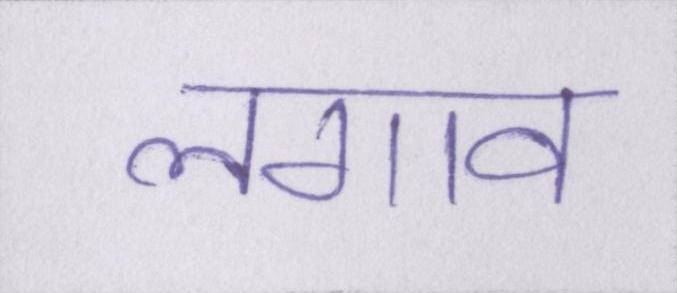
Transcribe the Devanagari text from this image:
लगाव